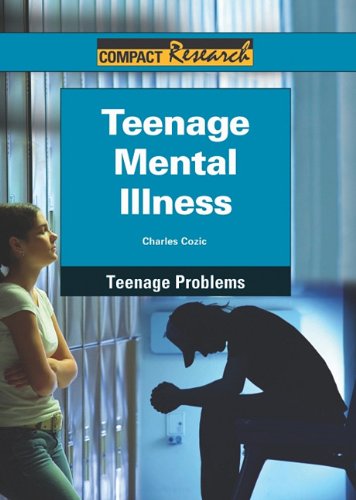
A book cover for Teenage Mental Illness (Compact Research Series); Charles Cozic; Teen & Young Adult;